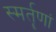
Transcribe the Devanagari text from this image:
स्मर्तॄणां